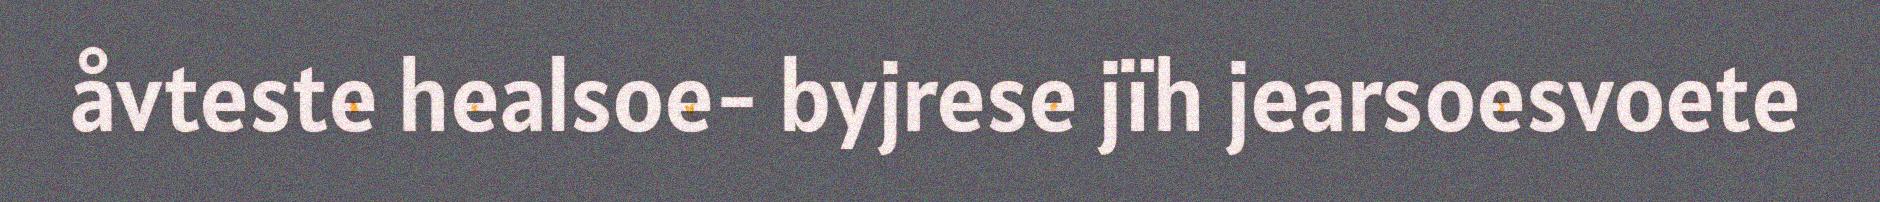
åvteste healsoe- byjrese jïh jearsoesvoete